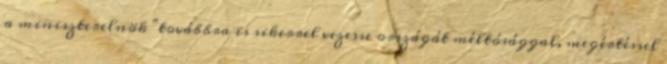
a miniszterelnök "továbbra is sikerrel vezesse országát méltósággal, megértéssel